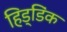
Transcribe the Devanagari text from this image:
हिड्डिंक